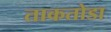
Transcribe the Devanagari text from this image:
ताकतोडा